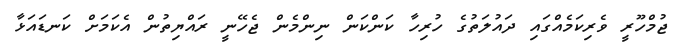
ޖުމްހޫރީ ވެރިކަމެއްގައި ދައުލަތުގެ ހުރިހާ ކަންކަން ނިންމެން ޖެހޭނީ ރައްޔިތުން އެކަމަށް ކަނޑައަޅާ